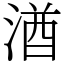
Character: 湭